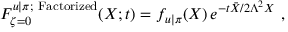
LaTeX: { \cal F } _ { \zeta = 0 } ^ { u | \pi ; { \mathrm { \footnotesize ~ F a c t o r i z e d } } } ( X ; t ) = f _ { u | \pi } ( X ) \, e ^ { - t \bar { X } / 2 \Lambda ^ { 2 } X } \ ,